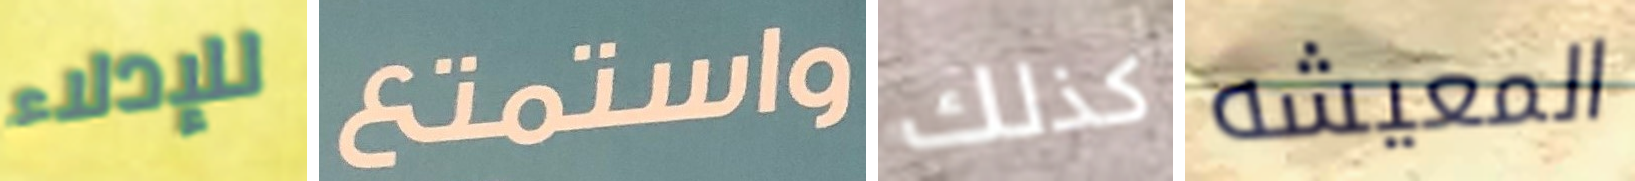
للإدلاء واستمتع كذلك المعيشه